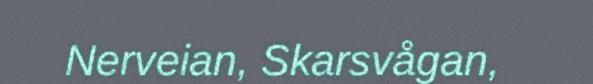
Nerveian, Skarsvågan,